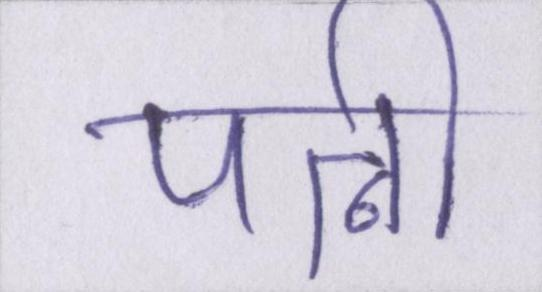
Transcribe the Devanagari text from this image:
पत्नी